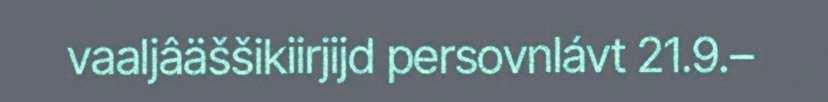
vaaljâäššikiirjijd persovnlávt 21.9.–